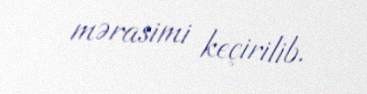
mərasimi keçirilib.